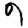
Digit: 9